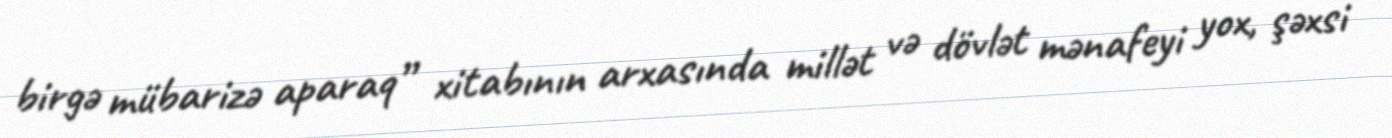
birgə mübarizə aparaq” xitabının arxasında millət və dövlət mənafeyi yox, şəxsi